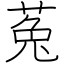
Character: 菟